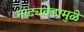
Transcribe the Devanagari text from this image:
नाट्यवेडामुळे